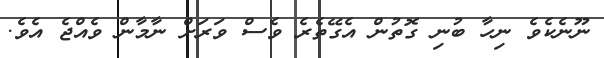
ނޫނެކެވެ ނިހާ ބުނި ގޮތުން އެގޭތެރެ ވެސް ވަރަށް ނާމާން ވެއްޖެ އެވެ.